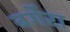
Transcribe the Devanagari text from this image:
बर्गेरा